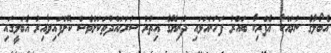
އެބޯލާގެ ނުރައްކާ އެފްރިކާ ބައްރު ފަހަނައަޅައި ދުނިޔޭގެ އިތުރު ސަރަޙައްދުތަކަށްވެސް ކޮށްފައިވާއިރު އެބަލީގައި